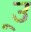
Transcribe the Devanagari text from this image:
उ्